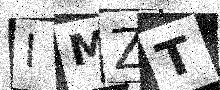
Text: IMZT